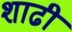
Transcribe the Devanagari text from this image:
शाढी